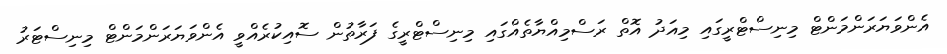
އެންވަޔަރަންމަންޓް މިނިސްޓްރީގައި މިއަދު އޮތް ރަސްމިއްޔާތެއްގައި މިނިސްޓްރީގެ ފަރާތުން ސޮއިކުރެއްވީ އެންވަޔަރަންމަންޓް މިނިސްޓަރު